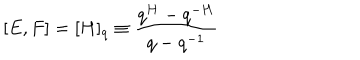
LaTeX: [ E , F ] = [ H ] _ { q } \equiv \frac { q ^ { H } - q ^ { - H } } { q - q ^ { - 1 } }